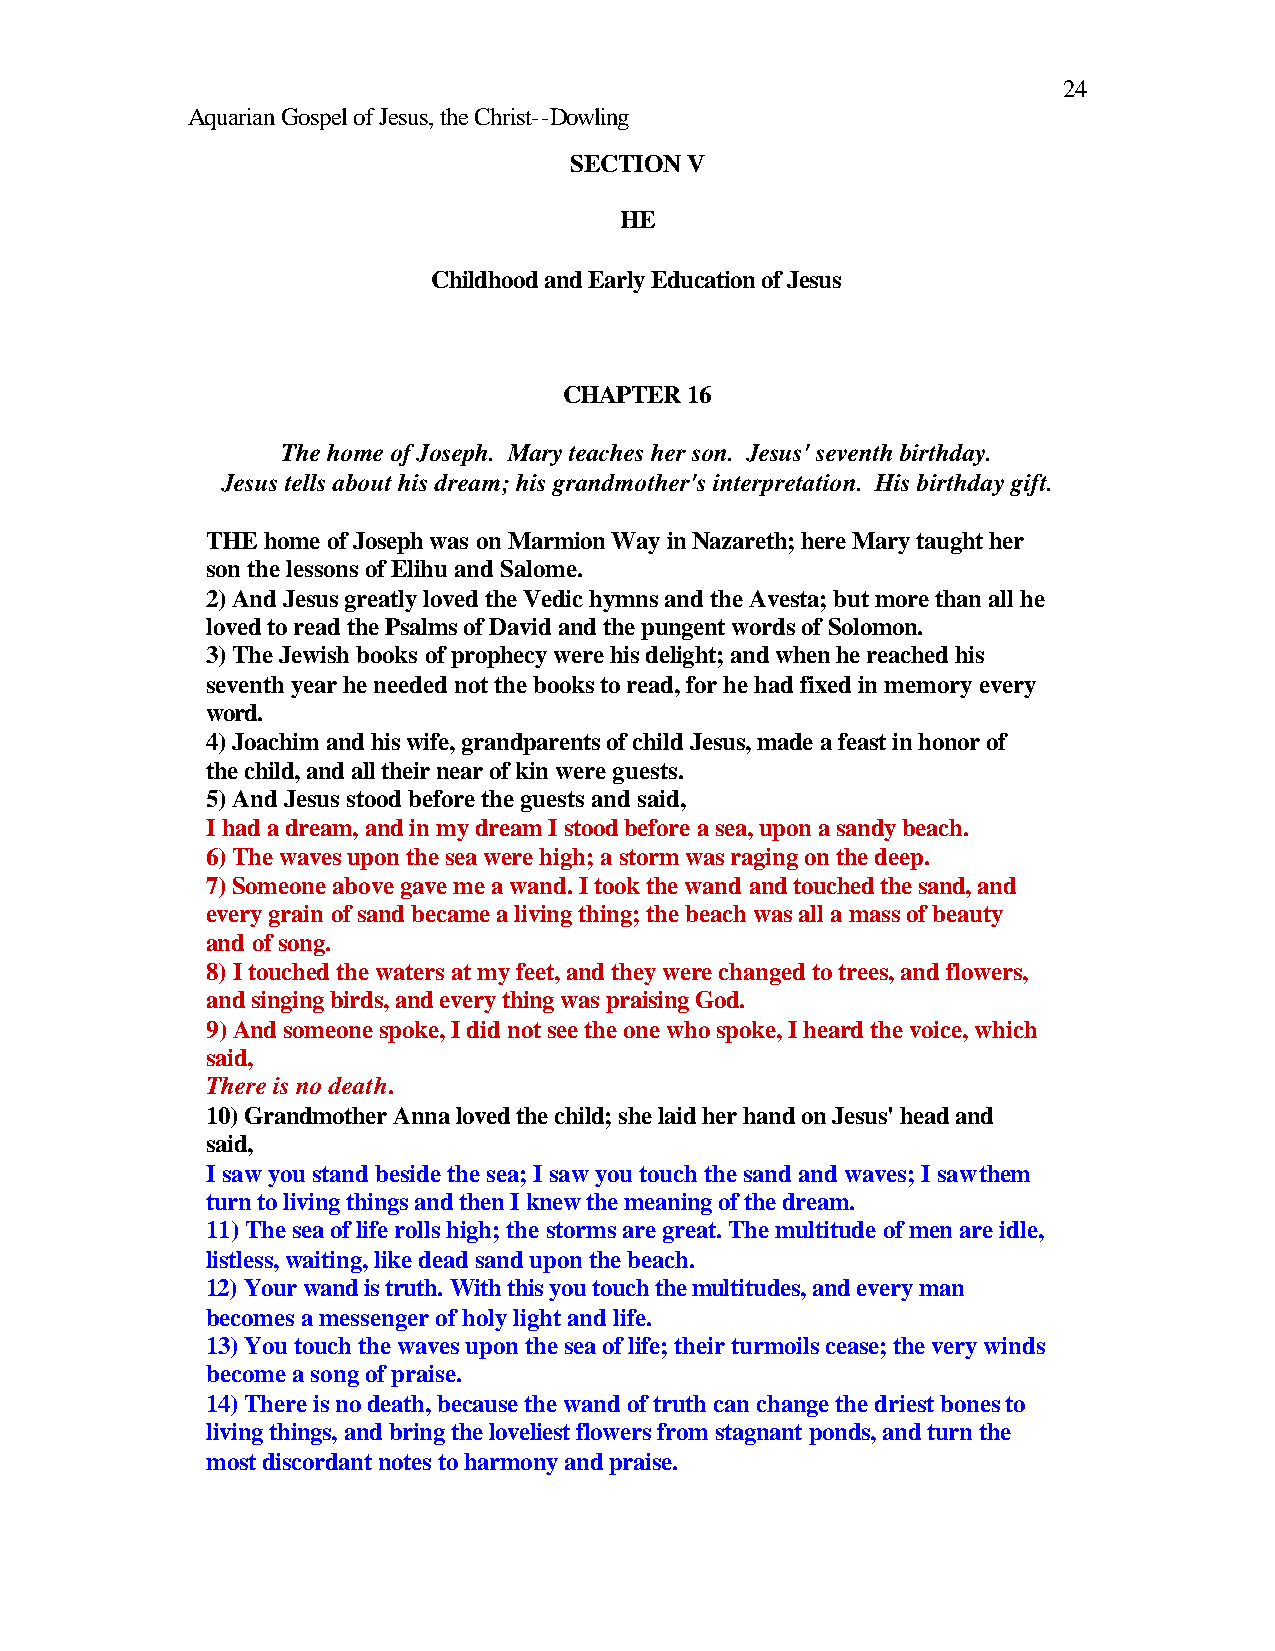
24
 Aquarian Gospel of Jesus, the Christ--Dowling
 SECTION V
 HE
 Childhood and Early Education of Jesus
 CHAPTER 16
 The home of Joseph. Mary teaches her son. Jesus' seventh birthday.
 Jesus tells about his dream; his grandmother's interpretation. His birthday gift.
 THE home of Joseph was on Marmion Way in Nazareth; here Mary taught her
 son the lessons of Elihu and Salome.
 2) And Jesus greatly loved the Vedic hymns and the Avesta; but more than all he
 loved to read the Psalms of David and the pungent words of Solomon.
 3) The Jewish books of prophecy were his delight; and when he reached his
 seventh year he needed not the books to read, for he had fixed in memory every
 word.
 4) Joachim and his wife, grandparents of child Jesus, made a feast in honor of
 the child, and all their near of kin were guests.
 5) And Jesus stood before the guests and said,
 I had a dream, and in my dream I stood before a sea, upon a sandy beach.
 6) The waves upon the sea were high; a storm was raging on the deep.
 7) Someone above gave me a wand. I took the wand and touched the sand, and
 every grain of sand became a living thing; the beach was all a mass of beauty
 and of song.
 8) I touched the waters at my feet, and they were changed to trees, and flowers,
 and singing birds, and every thing was praising God.
 9) And someone spoke, I did not see the one who spoke, I heard the voice, which
 said,
 There is no death.
 10) Grandmother Anna loved the child; she laid her hand on Jesus' head and
 said,
 I saw you stand beside the sea; I saw you touch the sand and waves; I saw them
 turn to living things and then I knew the meaning of the dream.
 11) The sea of life rolls high; the storms are great. The multitude of men are idle,
 listless, waiting, like dead sand upon the beach.
 12) Your wand is truth. With this you touch the multitudes, and every man
 becomes a messenger of holy light and life.
 13) You touch the waves upon the sea of life; their turmoils cease; the very winds
 become a song of praise.
 14) There is no death, because the wand of truth can change the driest bones to
 living things, and bring the loveliest flowers from stagnant ponds, and turn the
 most discordant notes to harmony and praise.